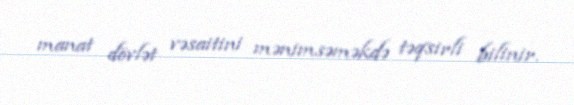
manat dövlət vəsaitini mənimsəməkdə təqsirli bilinir.